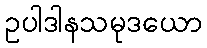
ဥပါဒါနသမုဒယော